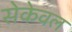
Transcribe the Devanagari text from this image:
सेकेवल